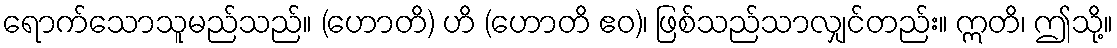
ရောက်သောသူမည်သည်။ (ဟောတိ) ဟိ (ဟောတိ ဧဝ)၊ ဖြစ်သည်သာလျှင်တည်း။ ဣတိ၊ ဤသို့။